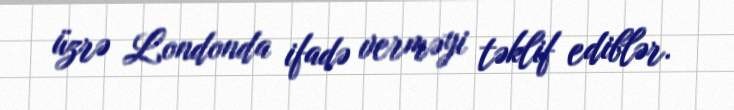
üzrə Londonda ifadə verməyi təklif ediblər.